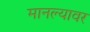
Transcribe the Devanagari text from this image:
मानल्यावर